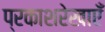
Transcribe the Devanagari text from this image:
प्रकाशरेखाएँ